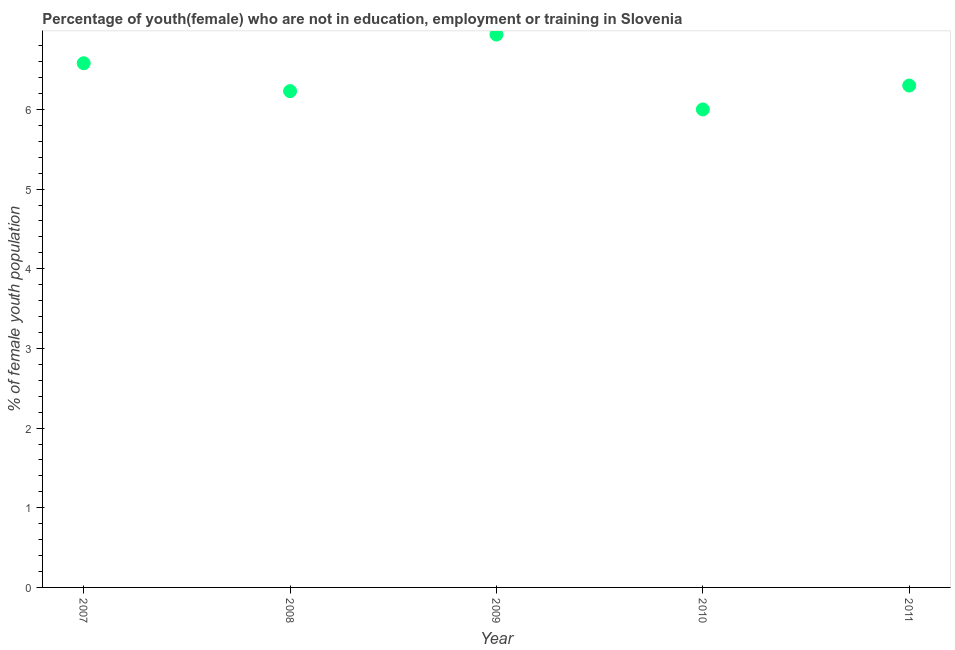
| Year | Unemployed(female) |
 | --- | --- |
 | 2007 | 6.58 |
 | 2008 | 6.23 |
 | 2009 | 6.94 |
 | 2010 | 6 |
 | 2011 | 6.3 |